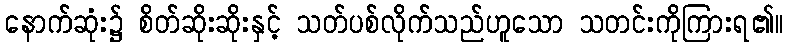
နောက်ဆုံး၌ စိတ်ဆိုးဆိုးနှင့် သတ်ပစ်လိုက်သည်ဟူသော သတင်းကိုကြားရ၏။